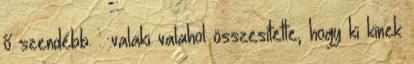
ő szendébb. : .valaki valahol összesítette, hogy ki kinek